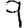
Digit: 9